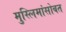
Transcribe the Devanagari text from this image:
मुस्लिमांसोबत